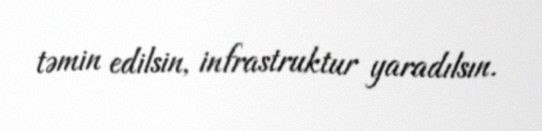
təmin edilsin, infrastruktur yaradılsın.